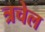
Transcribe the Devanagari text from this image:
त्रचेल